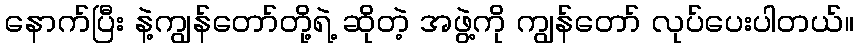
နောက်ပြီး နဲ့ကျွန်တော်တို့ရဲ့ ဆိုတဲ့ အဖွဲ့ကို ကျွန်တော် လုပ်ပေးပါတယ်။